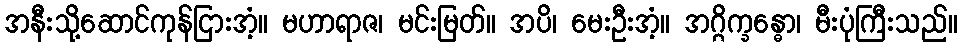
အနီးသို့ဆောင်ကုန်ငြားအံ့။ မဟာရာဇ၊ မင်းမြတ်။ အပိ၊ မေးဦးအံ့။ အဂ္ဂိက္ခန္ဓော၊ မီးပုံကြီးသည်။